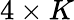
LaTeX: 4\times K